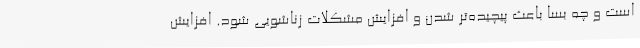
است و چه بسا باعث پیچیده‌تر شدن و افزایش مشکلات زناشویی شود. افزایش